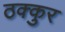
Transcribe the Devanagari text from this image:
ठक्कुर